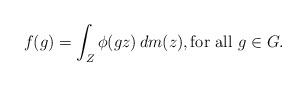
LaTeX: \begin{align*}f(g) = \int_Z \phi(gz) \, dm(z), \textrm{for all $g \in G$}.\end{align*}